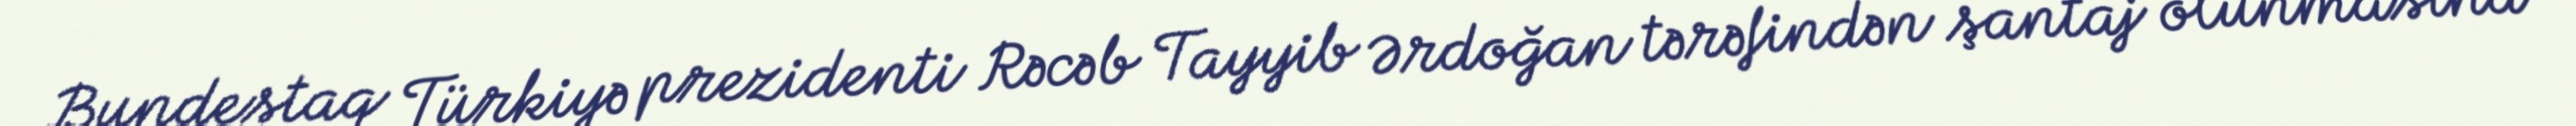
Bundestaq Türkiyə prezidenti Rəcəb Tayyib Ərdoğan tərəfindən şantaj olunmasına